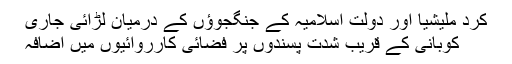
کرد ملیشیا اور دولت اسلامیہ کے جنگجوؤں کے درمیان لڑائی جاری
کوبانی کے قریب شدت پسندوں پر فضائی کارروائیوں میں اضافہ